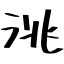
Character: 洮